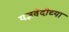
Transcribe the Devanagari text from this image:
यज्ञवेदीच्या